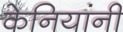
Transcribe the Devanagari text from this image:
केनियांनी